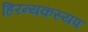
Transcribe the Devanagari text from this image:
हिरन्यकस्यप